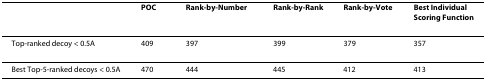
|  | POC | Rank-by-Number | Rank-by-Rank | Rank-by-Vote | Best Individual Scoring Function |
 | --- | --- | --- | --- | --- | --- |
 | Top-ranked decoy < 0.5A | 409 | 397 | 399 | 379 | 357 |
 | Best Top-5-ranked decoys < 0.5A | 470 | 444 | 445 | 412 | 413 |